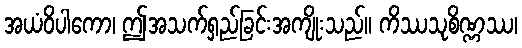
အယံဝိပါကော၊ ဤအသက်ရှည်ခြင်းအကျိုးသည်။ ကိဿသုစိဏ္ဏဿ၊